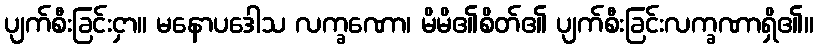
ပျက်စီးခြင်းငှာ။ မနောပဒေါသ လက္ခဏော၊ မိမိ၏စိတ်၏ ပျက်စီးခြင်းလက္ခဏာရှိ၏။